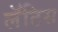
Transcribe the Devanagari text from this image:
लॅटिस